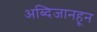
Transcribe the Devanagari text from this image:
अब्दिजानहून